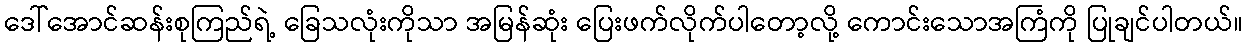
ဒေါ်အောင်ဆန်းစုကြည်ရဲ့ ခြေသလုံးကိုသာ အမြန်ဆုံး ပြေးဖက်လိုက်ပါတော့လို့ ကောင်းသောအကြံကို ပြုချင်ပါတယ်။